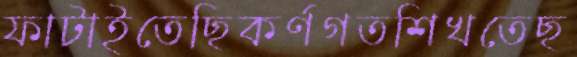
ফাটাইতেছিকর্ণগতশিখতেছ